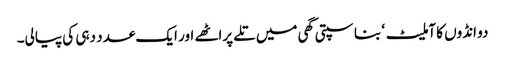
دو انڈوں کا آملیٹ ‘ بناسپتی گھی میں تلے پراٹھے اور ایک عدد دہی کی پیالی۔